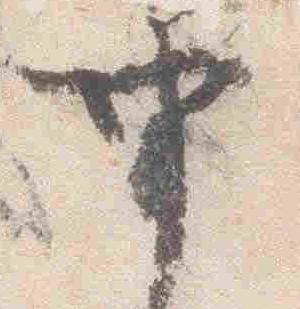
申